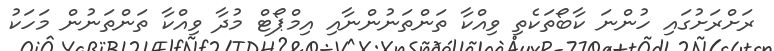
ރަށްރަށުގައި ހުންނަ ކާބޯތަކެތި ވިއްކާ ތަންތަނުންނާއި އިމްޕޯޓް މުދާ ވިއްކާ ތަންތަނުން މަހަކު